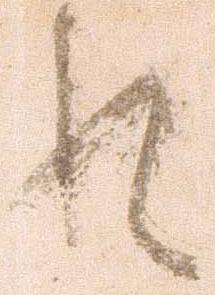
れ